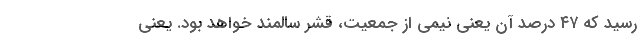
رسید که ۴۷ درصد آن یعنی نیمی از جمعیت، قشر سالمند خواهد بود. یعنی